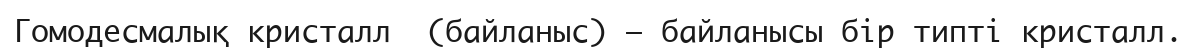
Гомодесмалық кристалл  (байланыс) — байланысы бір типті кристалл.